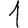
Digit: 1